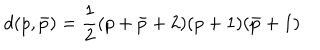
d ( p , \bar { p } ) = { \frac { 1 } { 2 } } ( p + \bar { p } + 2 ) ( p + 1 ) ( \bar { p } + 1 )